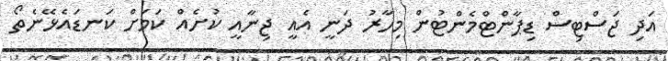
އަދި ޖަސްޓިސް ޑިޕާންޓްމެންޓުން މިހާރު ދަނީ އެއީ ޖިނާއީ ކުށެއް ކަމަށް ކަނޑައެޅޭނެތޯ